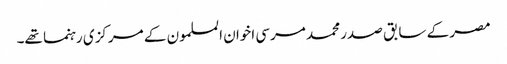
مصر کے سابق صدر محمد مرسی اخوان المسلمون کے مرکزی رہنما تھے۔